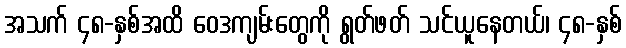
အသက် ၄၈-နှစ်အထိ ဝေဒကျမ်းတွေကို ရွတ်ဖတ် သင်ယူနေတယ်၊ ၄၈-နှစ်